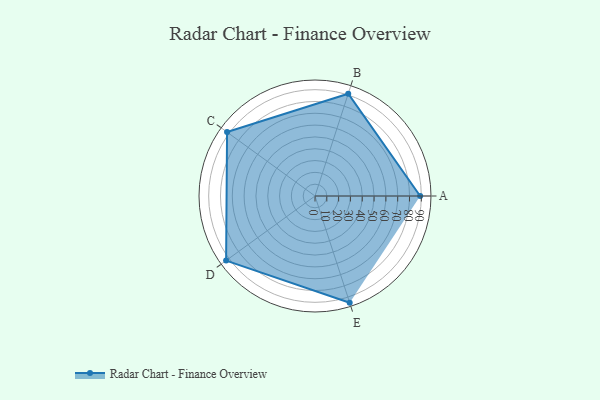
{"axis": {"x": "Skill", "y": "Score"}, "legend": ["Profile"], "data": [{"x": "A", "y": 89.0, "type": "Profile"}, {"x": "B", "y": 91.0, "type": "Profile"}, {"x": "C", "y": 92.0, "type": "Profile"}, {"x": "D", "y": 93.0, "type": "Profile"}, {"x": "E", "y": 95.0, "type": "Profile"}]}